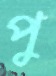
পু